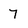
Character: 7